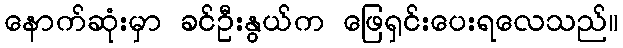
နောက်ဆုံးမှာ ခင်ဦးနွယ်က ဖြေရှင်းပေးရလေသည်။